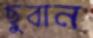
ছুবান